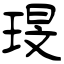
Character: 琝